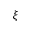
\xi